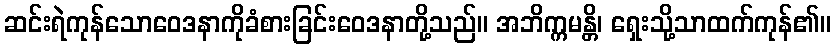
ဆင်းရဲကုန်သောဝေဒနာကိုခံစားခြင်းဝေဒနာတို့သည်။ အဘိက္ကမန္တိ၊ ရှေးသို့သာထက်ကုန်၏။